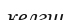
келгш